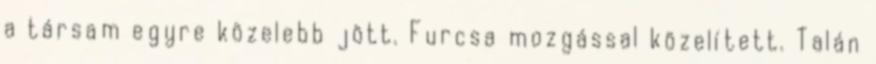
a társam egyre közelebb jött. Furcsa mozgással közelített. Talán